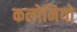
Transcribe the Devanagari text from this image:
कलोनियो